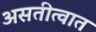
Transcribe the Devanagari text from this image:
असतीत्वात